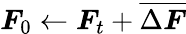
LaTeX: \boldsymbol{F}_{0}\gets\boldsymbol{F}_{t}+\overline{{\Delta\boldsymbol{F}}}